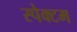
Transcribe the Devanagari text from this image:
स्पेक्टम